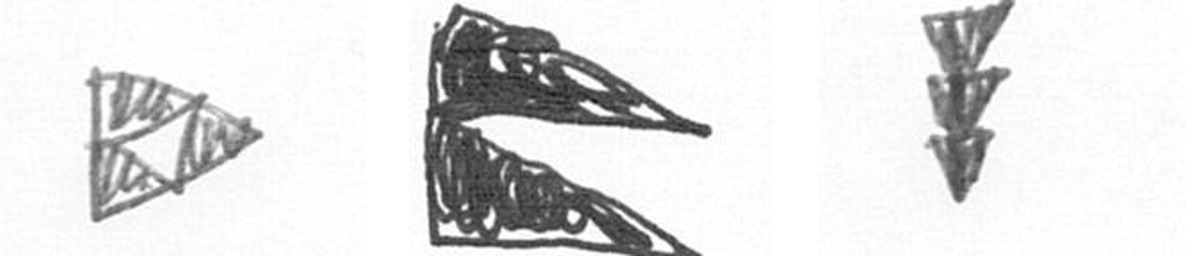
K P E